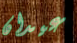
عيدان